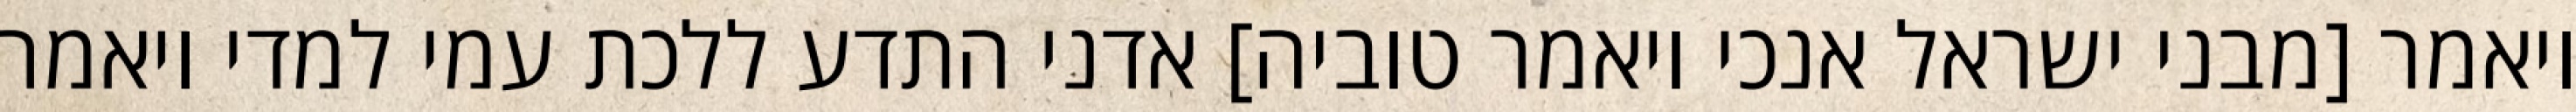
ויאמר [מבני ישראל אנכי ויאמר טוביה] אדני התדע ללכת עמי למדי ויאמר